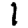
Digit: 1